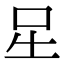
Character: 𭇆